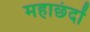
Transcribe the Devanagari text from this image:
महाछंदों